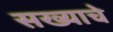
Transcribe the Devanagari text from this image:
सख्याचे